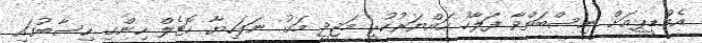
އެމްޑީޕީއަށް ނިސްބަތްވާ ފަލާހު ހައްޔަރުކުރީ މަޖީދީ މަގު ނަލަހިޔާ ހޮޓެލް ހިންގި ހިސާބުގައި